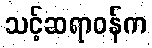
သင့်ဆရာဝန်က